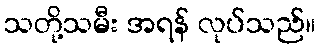
သတို့သမီး အရန် လုပ်သည်။